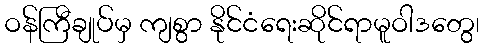
ဝန်ကြီချုပ်မှ ကျစွာ နိုင်ငံရေးဆိုင်ရာမူဝါဒတွေ၊